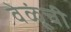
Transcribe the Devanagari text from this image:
वेळूंची